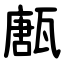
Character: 㼺